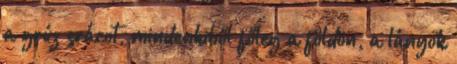
a grúz srácot, mindenkiből főleg a földön, a lányok